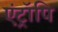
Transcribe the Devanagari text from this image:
एंट्रॉपि